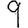
Digit: 9